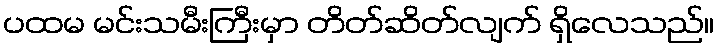
ပထမ မင်းသမီးကြီးမှာ တိတ်ဆိတ်လျက် ရှိလေသည်။